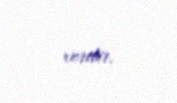
verilir.